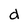
Character: d